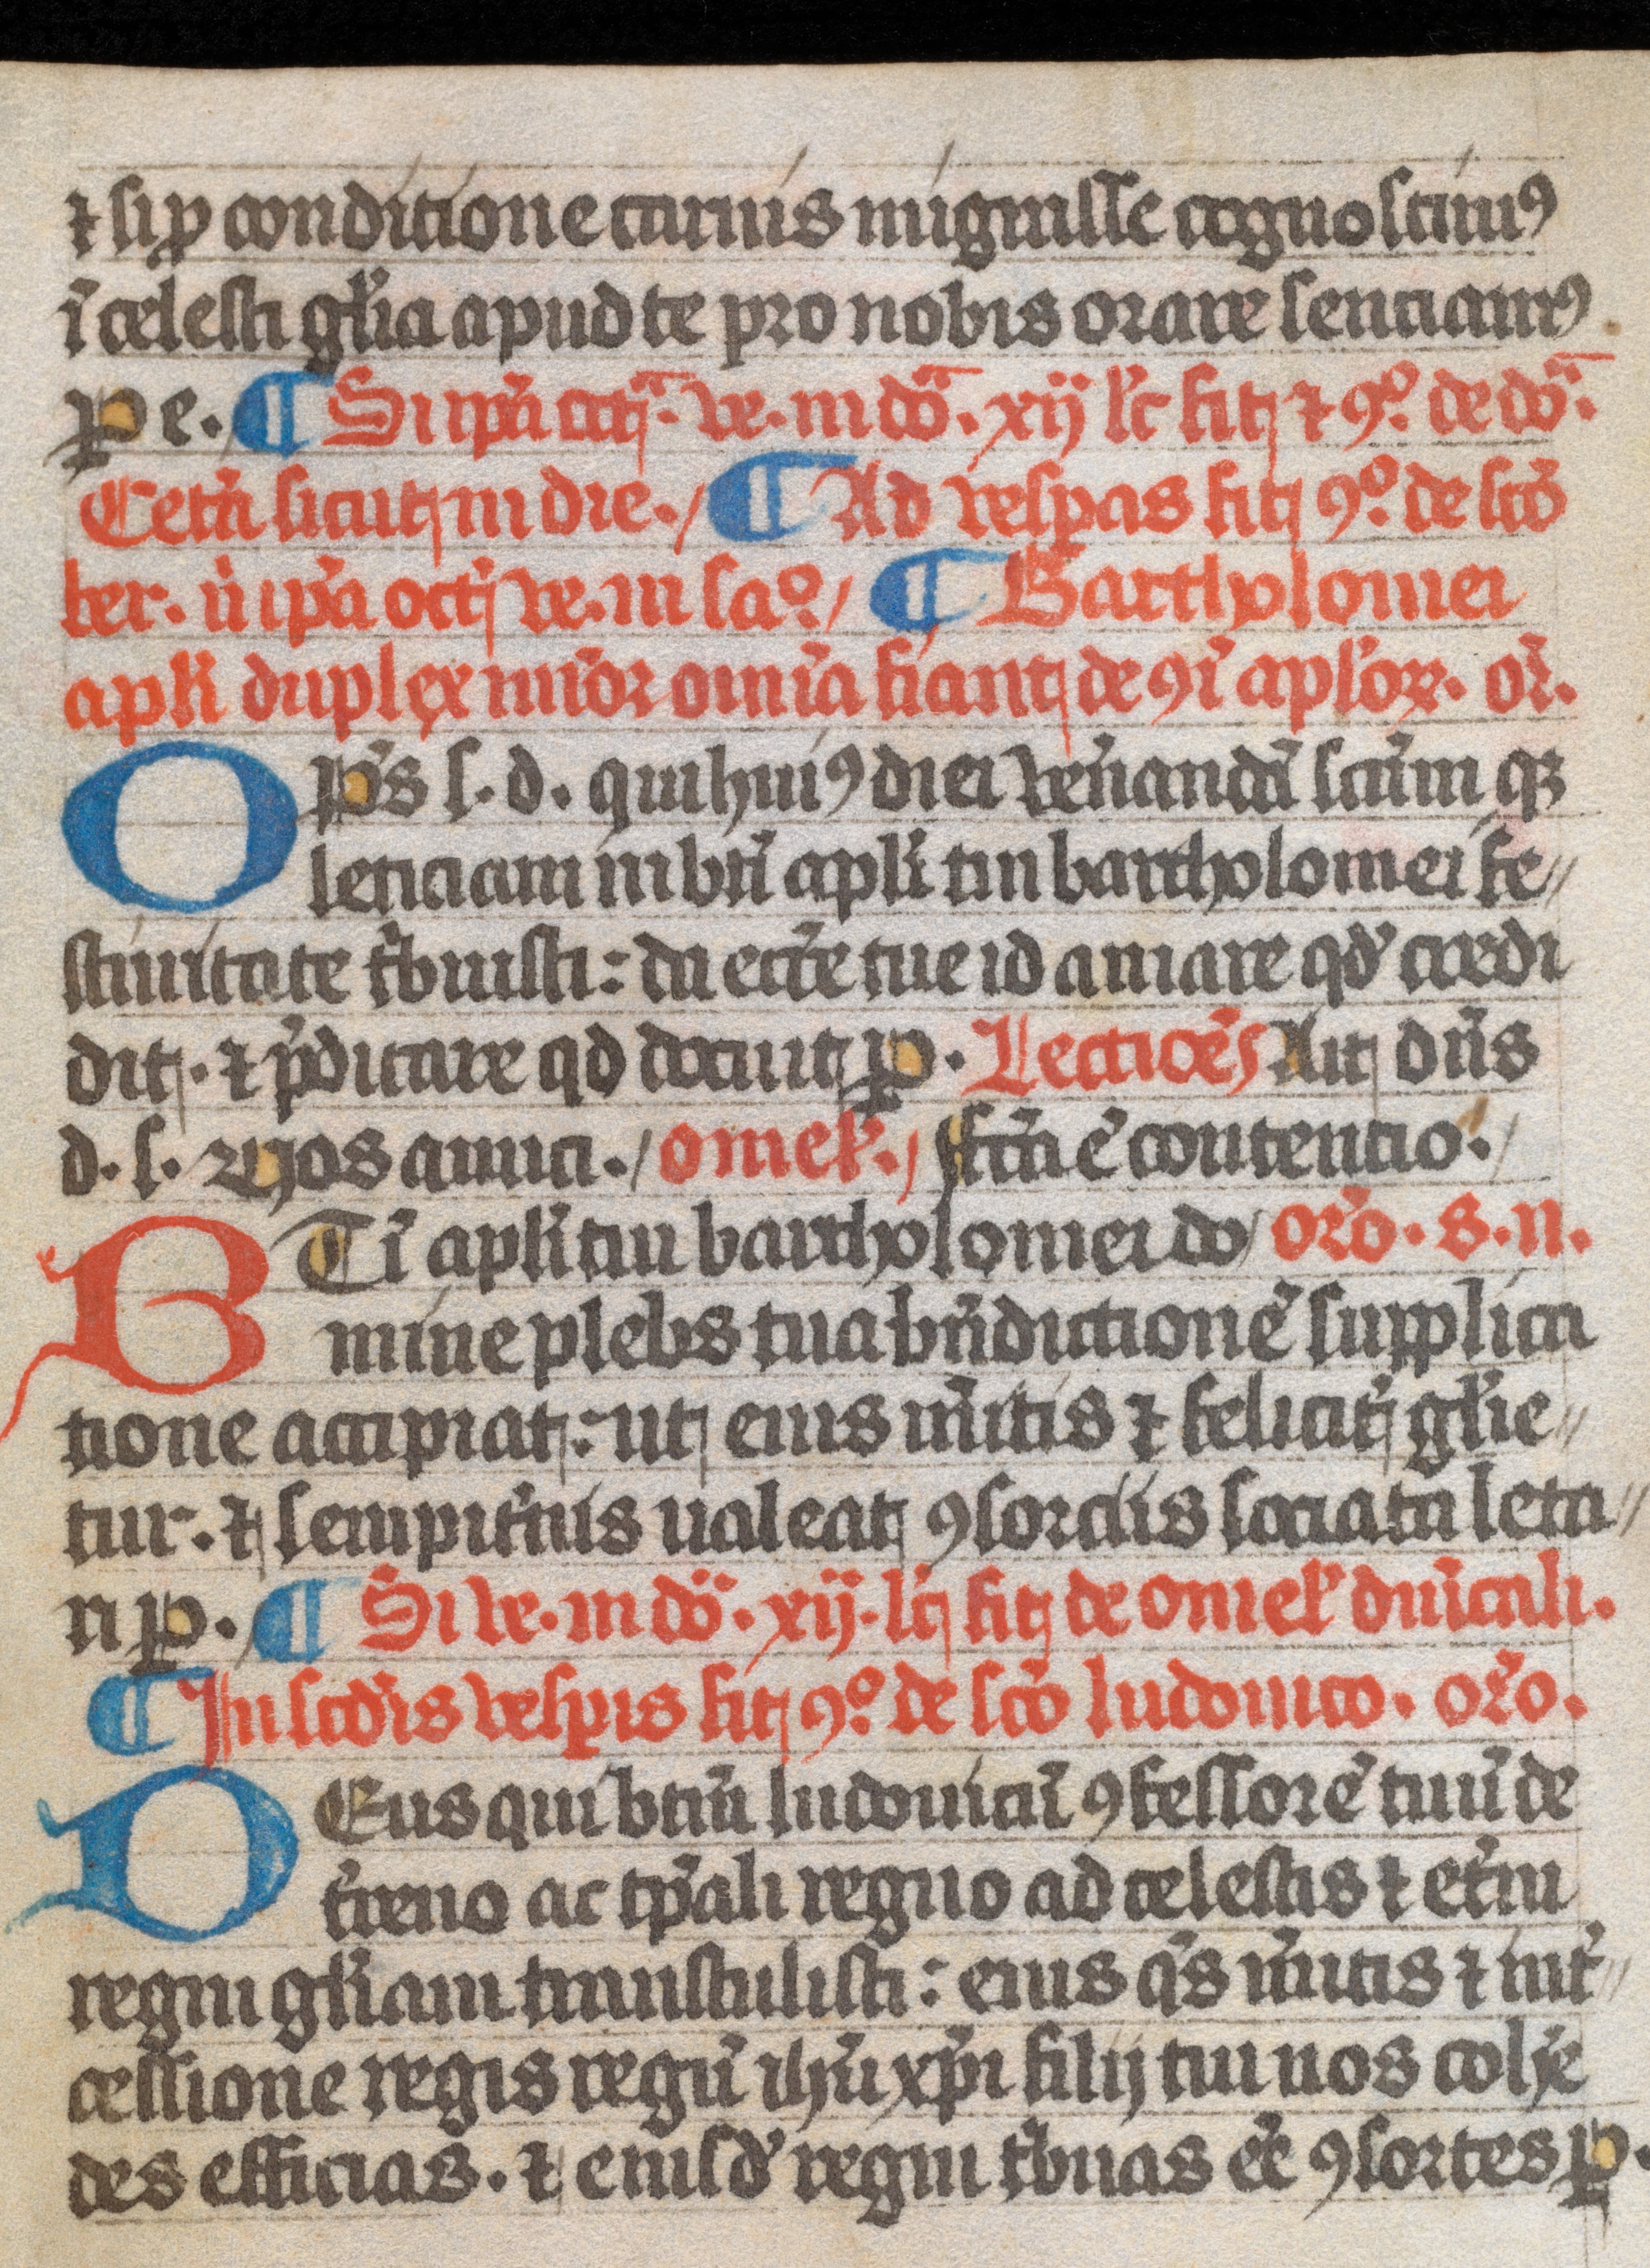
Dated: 1300–1399